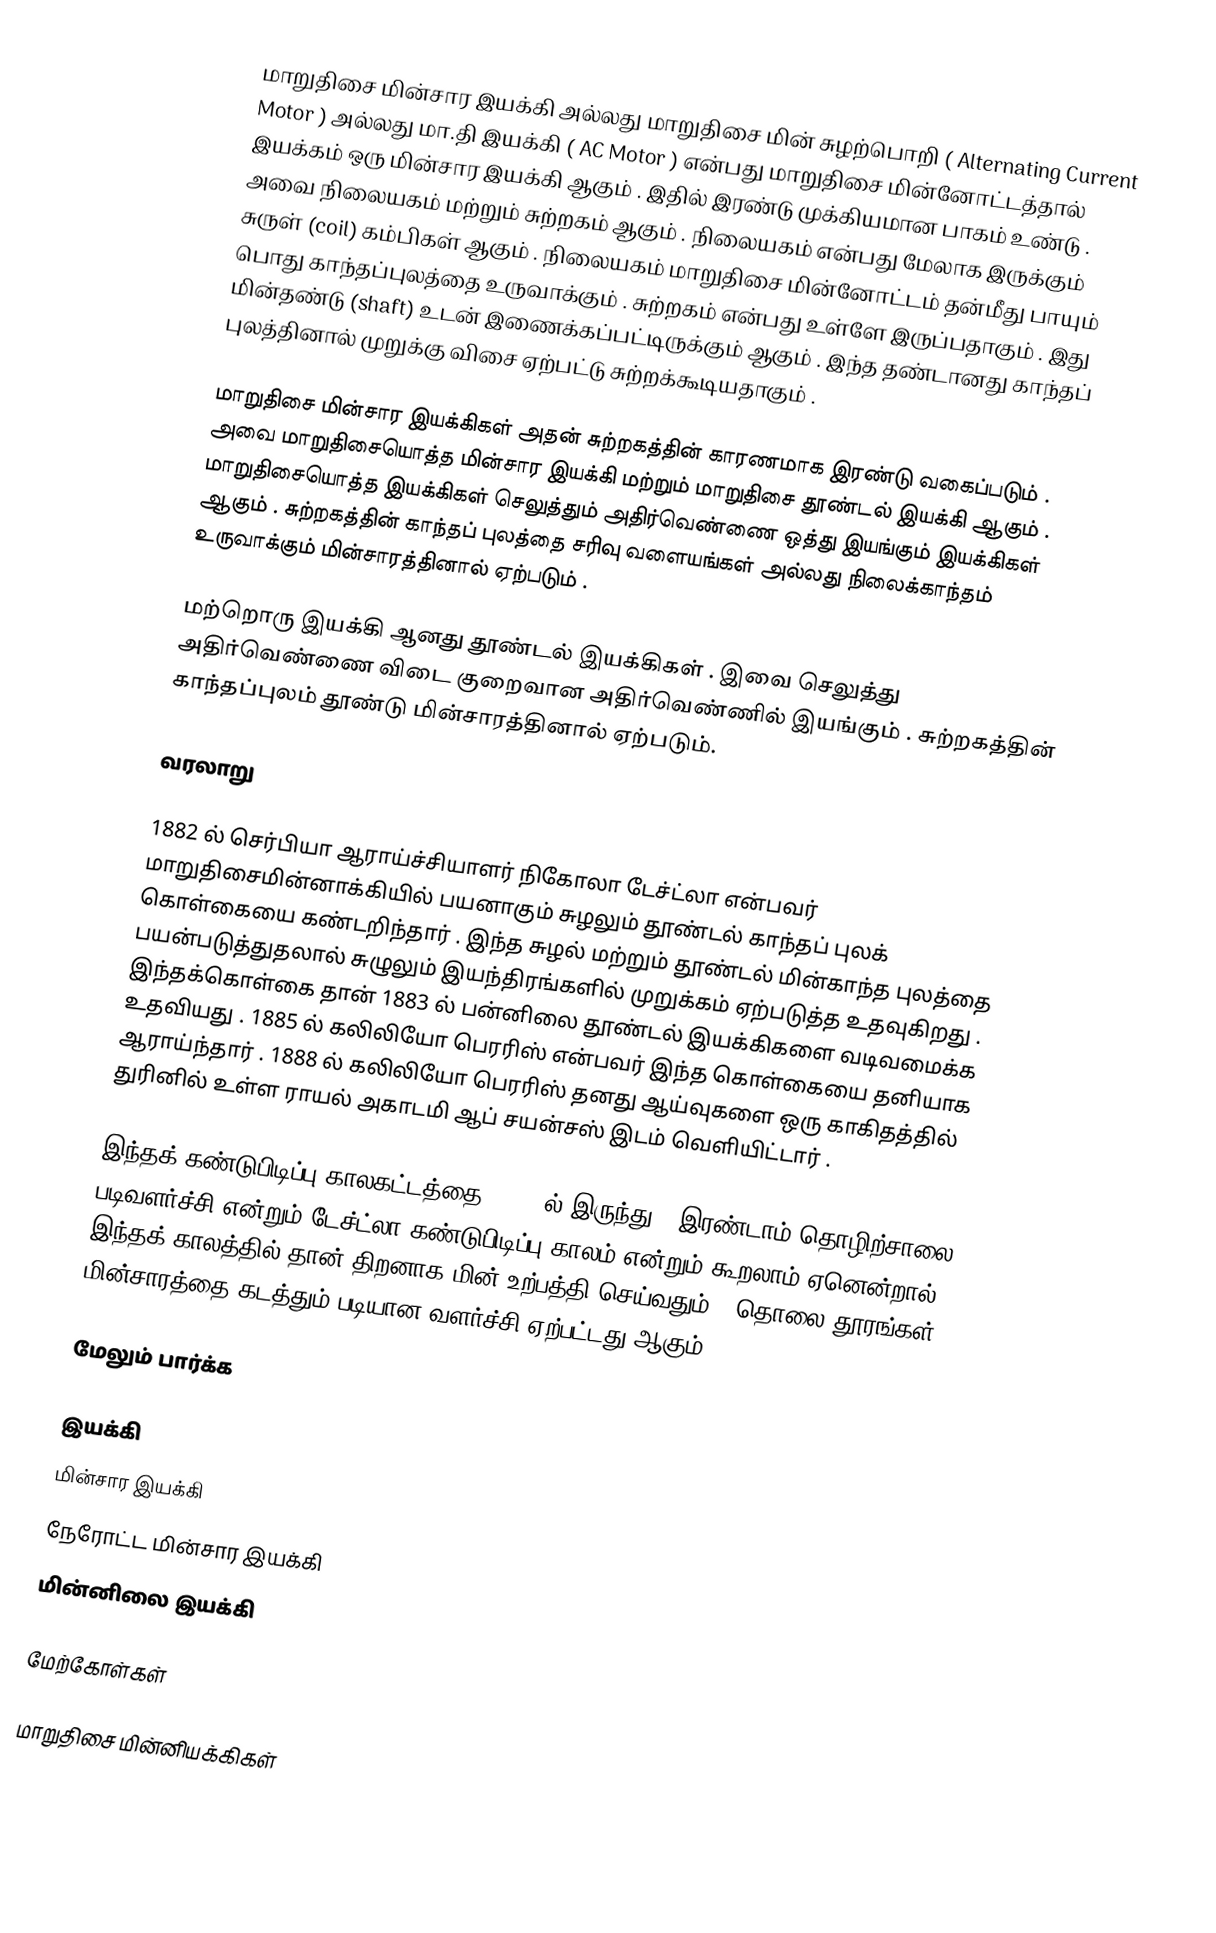
மாறுதிசை மின்சார இயக்கி அல்லது மாறுதிசை மின் சுழற்பொறி ( Alternating Current Motor ) அல்லது மா.தி இயக்கி ( AC Motor ) என்பது மாறுதிசை மின்னோட்டத்தால் இயக்கம் ஒரு மின்சார இயக்கி ஆகும் . இதில் இரண்டு முக்கியமான பாகம் உண்டு . அவை நிலையகம் மற்றும் சுற்றகம் ஆகும் . நிலையகம் என்பது மேலாக இருக்கும் சுருள் (coil) கம்பிகள் ஆகும் . நிலையகம் மாறுதிசை மின்னோட்டம் தன்மீது பாயும் பொது காந்தப்புலத்தை உருவாக்கும் . சுற்றகம் என்பது உள்ளே இருப்பதாகும் . இது மின்தண்டு (shaft) உடன் இணைக்கப்பட்டிருக்கும் ஆகும் . இந்த தண்டானது காந்தப் புலத்தினால் முறுக்கு விசை ஏற்பட்டு சுற்றக்கூடியதாகும் .

மாறுதிசை மின்சார இயக்கிகள் அதன் சுற்றகத்தின் காரணமாக இரண்டு வகைப்படும் . அவை மாறுதிசையொத்த மின்சார இயக்கி மற்றும் மாறுதிசை தூண்டல் இயக்கி ஆகும் . மாறுதிசையொத்த இயக்கிகள் செலுத்தும் அதிர்வெண்ணை ஒத்து இயங்கும் இயக்கிகள் ஆகும் . சுற்றகத்தின் காந்தப் புலத்தை சரிவு வளையங்கள் அல்லது நிலைக்காந்தம் உருவாக்கும் மின்சாரத்தினால் ஏற்படும் .

மற்றொரு இயக்கி ஆனது தூண்டல் இயக்கிகள் . இவை செலுத்து அதிர்வெண்ணை விடை குறைவான அதிர்வெண்ணில் இயங்கும் . சுற்றகத்தின் காந்தப்புலம் தூண்டு மின்சாரத்தினால் ஏற்படும்.

வரலாறு

1882 ல் செர்பியா ஆராய்ச்சியாளர் நிகோலா டேச்ட்லா என்பவர் மாறுதிசைமின்னாக்கியில் பயனாகும் சுழலும் தூண்டல் காந்தப் புலக் கொள்கையை கண்டறிந்தார் . இந்த சுழல் மற்றும் தூண்டல் மின்காந்த புலத்தை பயன்படுத்துதலால் சுழுலும் இயந்திரங்களில் முறுக்கம் ஏற்படுத்த உதவுகிறது . இந்தக்கொள்கை தான் 1883 ல் பன்னிலை தூண்டல் இயக்கிகளை வடிவமைக்க உதவியது .  1885 ல் கலிலியோ பெரரிஸ் என்பவர் இந்த கொள்கையை தனியாக ஆராய்ந்தார் .  1888 ல் கலிலியோ பெரரிஸ் தனது ஆய்வுகளை ஒரு காகிதத்தில் துரினில் உள்ள ராயல் அகாடமி ஆப் சயன்சஸ் இடம் வெளியிட்டார் .

இந்தக் கண்டுபிடிப்பு காலகட்டத்தை (1888 ல் இருந்து ) இரண்டாம் தொழிற்சாலை படிவளர்ச்சி என்றும் டேச்ட்லா கண்டுபிடிப்பு காலம் என்றும் கூறலாம் ஏனென்றால் இந்தக் காலத்தில் தான் திறனாக மின் உற்பத்தி செய்வதும் , தொலை தூரங்கள் மின்சாரத்தை கடத்தும் படியான வளர்ச்சி ஏற்பட்டது ஆகும் .

மேலும் பார்க்க

 இயக்கி
 மின்சார இயக்கி
 நேரோட்ட மின்சார இயக்கி
 மின்னிலை இயக்கி

மேற்கோள்கள்

மாறுதிசை மின்னியக்கிகள்